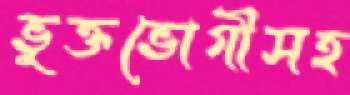
ভুক্তভোগীসহ